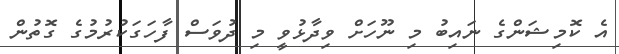
އެ ކޮމިޝަންގެ ނައިބު މި ނޫހަށް ވިދާޅުވީ މި ދުވަސް ފާހަގަކުުރުމުގެ ގޮތުން